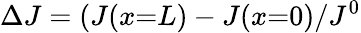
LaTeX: \Delta J=(J(x{=}L)-J(x{=}0)/J^{0}